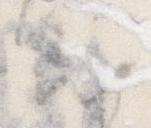
右